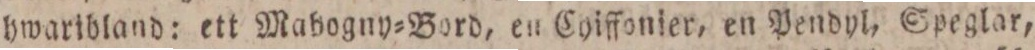
hwaribland: ett Mabogny=Bord, en Cyiffonier, en Pendyl, Speglar,